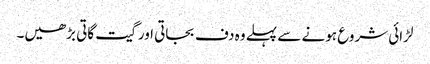
لڑائی شروع ہونے سے پہلے وہ دف بجاتی اور گیت گاتی بڑھیں۔